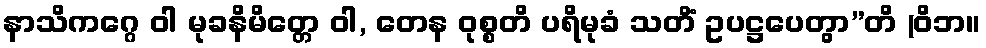
နာသိကဂ္ဂေ ဝါ မုခနိမိတ္တေ ဝါ, တေန ဝုစ္စတိ ပရိမုခံ သတိံ ဥပဋ္ဌပေတွာ”တိ (ဝိဘ။